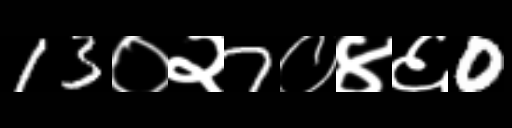
Text: 13०२7०४६0